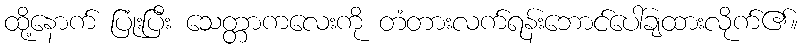
ထို့နောက် ပြုံးပြီး သေတ္တာကလေးကို တံတားလက်ရန်းဘောင်ပေါ်ချထားလိုက်၏။